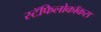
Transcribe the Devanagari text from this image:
स्टॅफिलोकॉकस